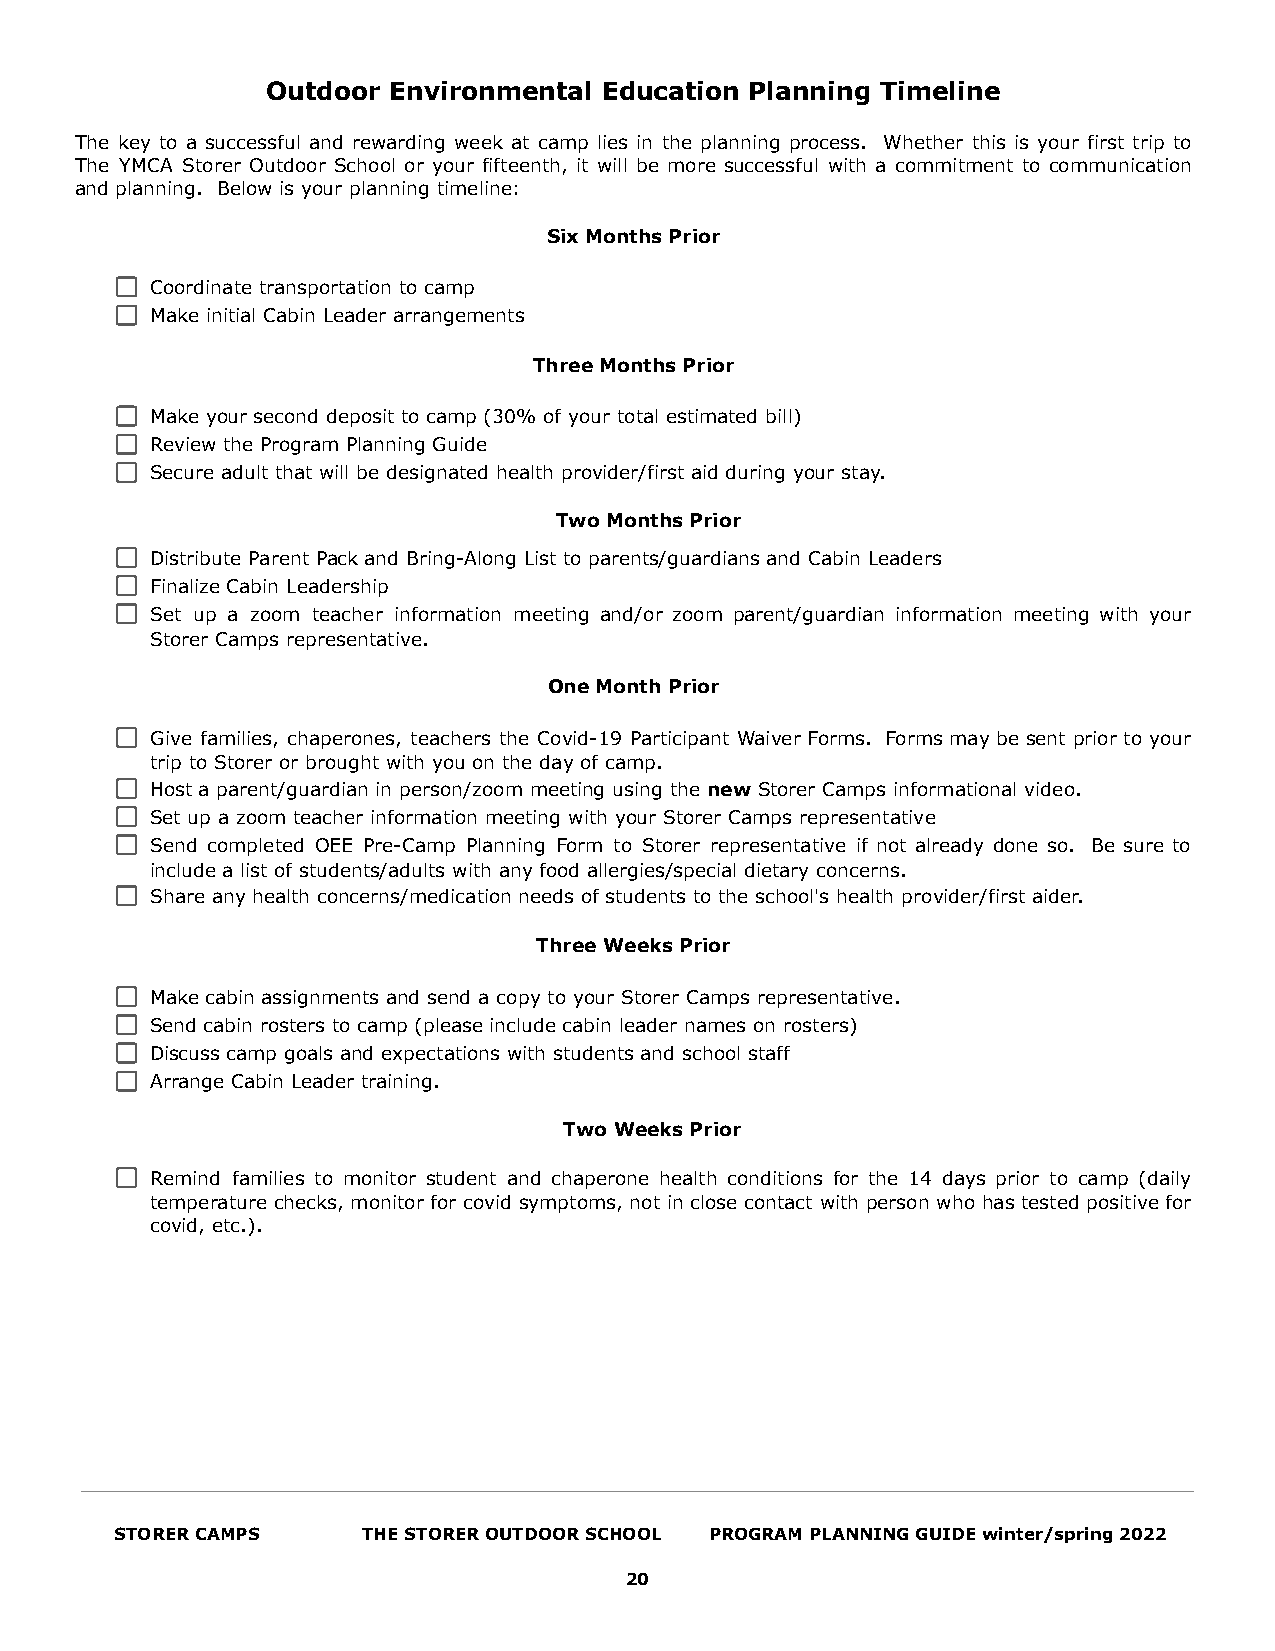
Outdoor Environmental Education Planning Timeline
 The key to a successful and rewarding week at camp lies in the planning process. Whether this is your first trip to
 The YMCA Storer Outdoor School or your fifteenth, it will be more successful with a commitment to communication
 and planning. Below is your planning timeline:
 Six Months Prior
 Coordinate transportation to camp
 Make initial Cabin Leader arrangements
 Three Months Prior
 Make your second deposit to camp (30% of your total estimated bill)
 Review the Program Planning Guide
 Secure adult that will be designated health provider/first aid during your stay.
 Two Months Prior
 Distribute Parent Pack and Bring-Along List to parents/guardians and Cabin Leaders
 Finalize Cabin Leadership
 Set up a zoom teacher information meeting and/or zoom parent/guardian information meeting with your
 Storer Camps representative.
 One Month Prior
 Give families, chaperones, teachers the Covid-19 Participant Waiver Forms. Forms may be sent prior to your
 trip to Storer or brought with you on the day of camp.
 Host a parent/guardian in person/zoom meeting using the new Storer Camps informational video.
 Set up a zoom teacher information meeting with your Storer Camps representative
 Send completed OEE Pre-Camp Planning Form to Storer representative if not already done so. Be sure to
 include a list of students/adults with any food allergies/special dietary concerns.
 Share any health concerns/medication needs of students to the school's health provider/first aider.
 Three Weeks Prior
 Make cabin assignments and send a copy to your Storer Camps representative.
 Send cabin rosters to camp (please include cabin leader names on rosters)
 Discuss camp goals and expectations with students and school staff
 Arrange Cabin Leader training.
 Two Weeks Prior
 Remind families to monitor student and chaperone health conditions for the 14 days prior to camp (daily
 temperature checks, monitor for covid symptoms, not in close contact with person who has tested positive for
 covid, etc.).
 STORER CAMPS    THE STORER OUTDOOR SCHOOL PROGRAM PLANNING GUIDE winter/spring 2022
 20